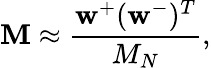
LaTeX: \mathbf{M}\approx\frac{\mathbf{w}^{+}(\mathbf{w}^{-})^{T}}{M_{N}},